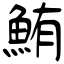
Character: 鮪